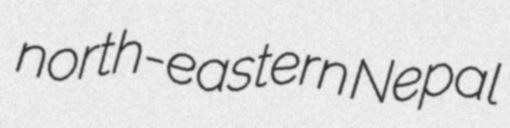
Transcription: north-eastern Nepal